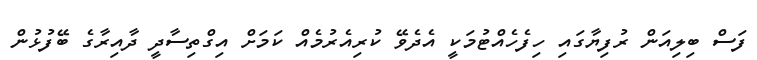
ފަސް ބިލިއަން ރުފިޔާގައި ހިފެހެއްޓުމަކީ އެދެވޭ ކުރިއެރުމެއް ކަމަށް އިގްތިސާދީ ދާއިރާގެ ބޭފުޅުން